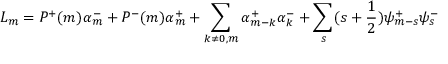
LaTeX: L _ { m } = P ^ { + } ( m ) \alpha _ { m } ^ { - } + P ^ { - } ( m ) \alpha _ { m } ^ { + } + \sum _ { k \ne 0 , m } \alpha _ { m - k } ^ { + } \alpha _ { k } ^ { - } + \sum _ { s } ( s + \frac { 1 } { 2 } ) \psi _ { m - s } ^ { + } \psi _ { s } ^ { - }